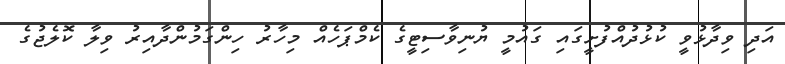
އަދި ވިދާޅުވީ ކުޅުދުއްފުށީގައި ގައުމީ ޔުނިވާސިޓީގެ ކެމްޕަހެއް މިހާރު ހިންގަމުންދާއިރު ވިލާ ކޮލެޖުގެ